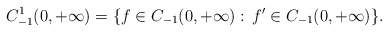
\begin{align*}C_{-1}^1(0,+\infty) = \{ f\in C_{-1}(0,+\infty):\, f^\prime \in C_{-1}(0,+\infty) \}.\end{align*}